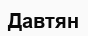
Давтян